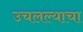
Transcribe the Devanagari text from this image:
उचलल्याचा